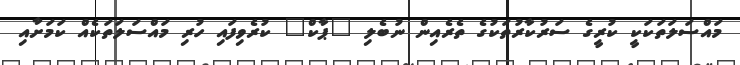
މައްސަލަތަކަކީ ކުރީގެ ސަރުކާރުތަކުގެ ތެރެއިން ނުބެލި "ޕާކް" ކުރެވިފައި ހުރި މައްސަލަތަކެއް ކަމަށާއި